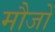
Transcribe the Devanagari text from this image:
मौजों